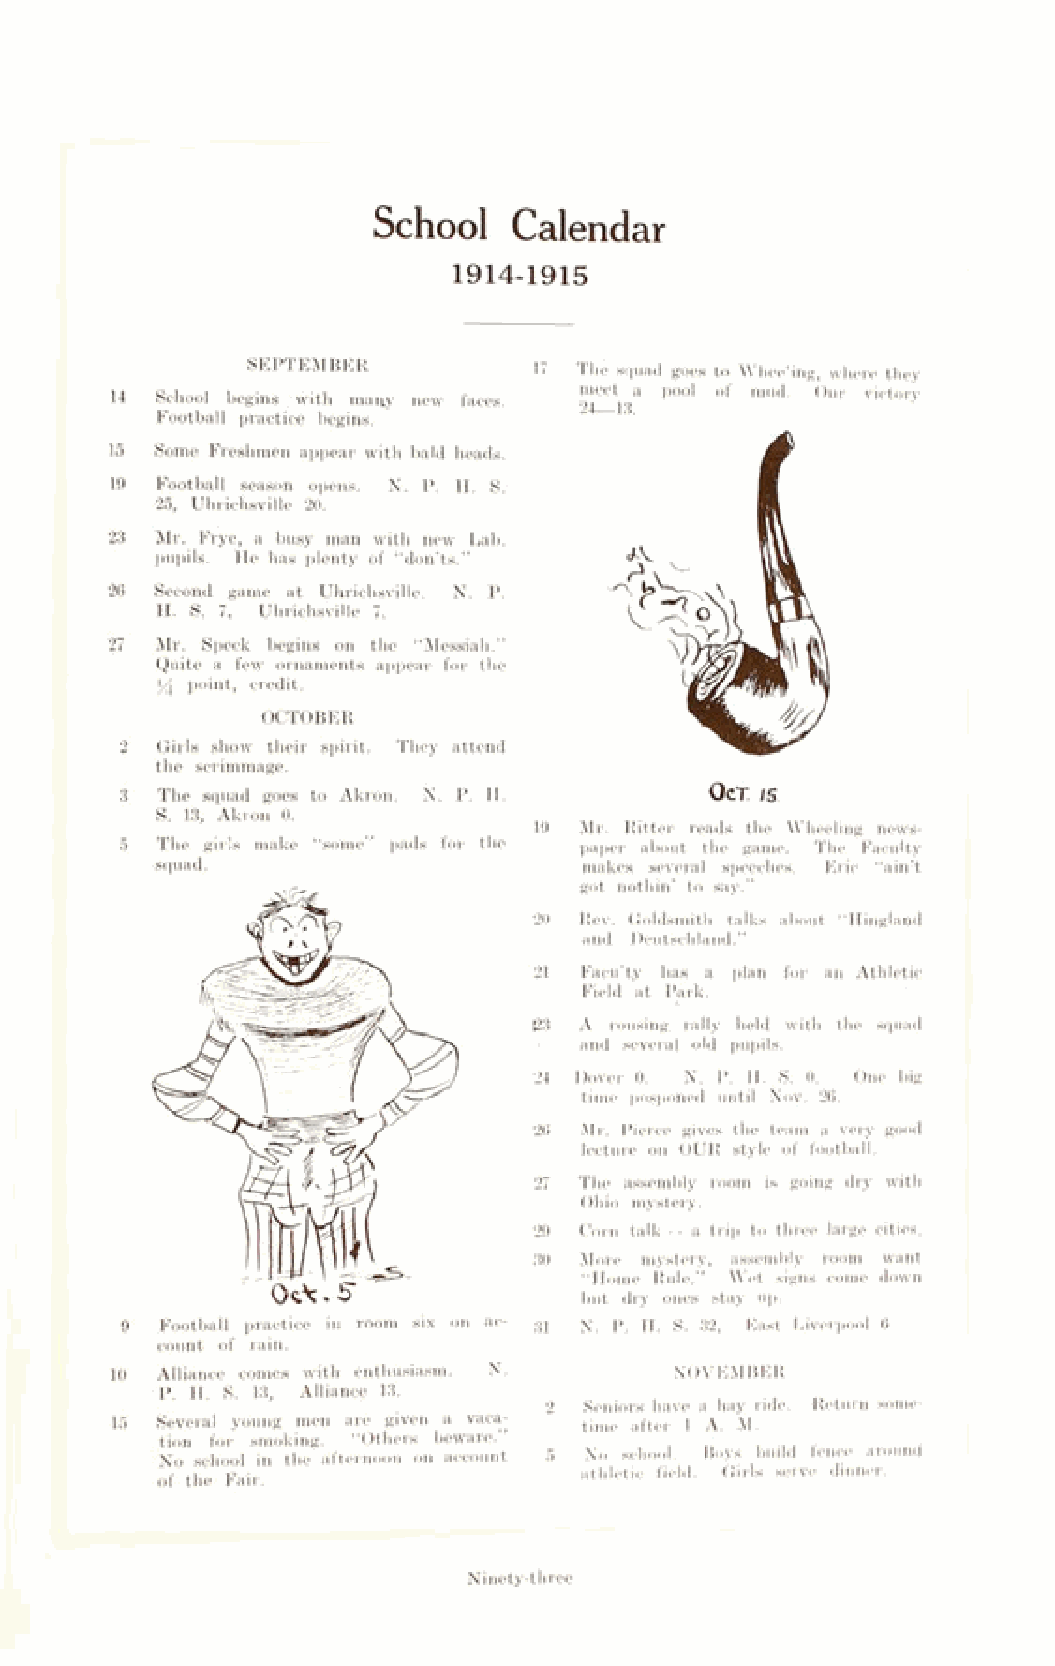
School   Calendar
 1914-1915
 SEPTEMBER          17 The squad goes to Wheeling, where they
 meet a pool of mud. Our victory
 School begins . with many new faces.
 24—13.
 Football practice begins.
 Some Freshmen appear with bald heads.
 Football season opens. N. P. H. S.
 25, Uhrichsville 20.
 Mr. Frye, a busy man with new Lab.
 pupils. He has plenty of “don’ts.”
 Second game at Uhrichsville. N. P.
 H. S. 7, Uhrichsville 7.
 Mr. Speck begins on the “Messiah.”
 Quite a few ornaments appear for the
 >4 point, credit.
 OCTOBER
 Girls show their spirit. They attend
 the scrimmage.
 The squad goes to Akron. N. P. H.    OcT IS
 S. 13, Akron 0.
 19 Mr. Ritter reads the Wheeling news­
 The girls make “some” pads for the paper about the game. The Faculty
 squad.                       makes several speeches. Eric “ain’t
 got nothin’ to say.”
 20 Rev. Goldsmith talks about “Hingland
 and Deutschland.”
 21 Facu’t,y has a plan for an Athletic
 Field at Park.
 23 A rousing rally held with the squad
 and several old pupils.
 24 Dover 0. N. P. II. S. 0. One big
 time posponed until Nov. 26.
 26 Mr. Pierce gives the team a very good
 lecture on OUR style of football.
 27 The assembly room is going dry with
 Ohio mystery.
 29 Corn talk - - a trip to three large cities.
 30 More mystery, assembly room want
 “Home Rule.” Wet signs come down
 but dry ones stay up.
 Football practice in room six on ac­ 31 N. P. H. S. 32, East Liverpool 6
 count of rain.
 Alliance comes with enthusiasm. N. NOVEMBER
 P. II. S. 13, Alliance 13.
 2 Seniors have a hay lido. Return some­
 Several young men are given a vaca­ time after 1 A. M.
 tion for smoking. “Others beware.
 No school in the afternoon on account 5 No school. Boys build fence around
 athletic field. Girls serve dinner.
 of the Fair.
 Ninety-three